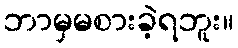
ဘာမှမစားခဲ့ရဘူး။